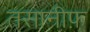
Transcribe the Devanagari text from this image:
तसानीफ़